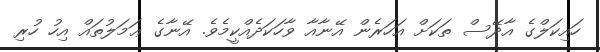
ހައިކަލްގެ އާދޭސް ތަކަށް އަހަރެން އޭނާއާ ވާހަކަދެއްކީމެވެ. އޭނާގެ ޢަމަލުތައް އިހު ހުރި